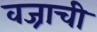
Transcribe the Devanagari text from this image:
वज्राची